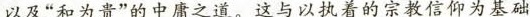
以及“和为贵”的中庸之道。这与以执着的宗教信仰为基础